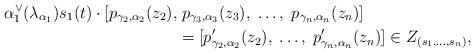
LaTeX: \begin{align*}\alpha_1^\vee(\lambda_{\alpha_1})s_1(t)\cdot [p_{\gamma_2, \alpha_2}(z_2), &\;p_{\gamma_3, \alpha_3}(z_3), \;\ldots, \; p_{\gamma_n, \alpha_n}(z_n)]\\& = [p_{\gamma_2, \alpha_2}^\prime(z_2), \;\ldots, \; p_{\gamma_n, \alpha_n}^\prime(z_n)] \in Z_{(s_1, \ldots, s_n)},\end{align*}